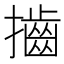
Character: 𢸡